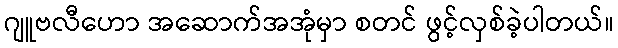
ဂျူဗလီဟော အဆောက်အအုံမှာ စတင် ဖွင့်လှစ်ခဲ့ပါတယ်။